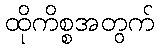
ထိုကိစ္စအတွက်